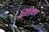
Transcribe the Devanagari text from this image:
लिपिकर